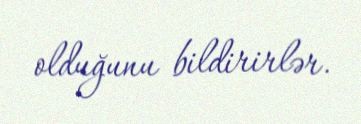
olduğunu bildirirlər.